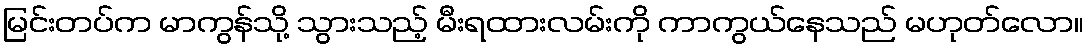
မြင်းတပ်က မာကွန်သို့ သွားသည့် မီးရထားလမ်းကို ကာကွယ်နေသည် မဟုတ်လော။